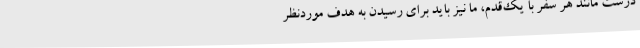
درست مانند هر سفر با یک‌قدم، ما نیز باید برای رسیدن به هدف موردنظر